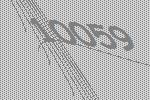
10059